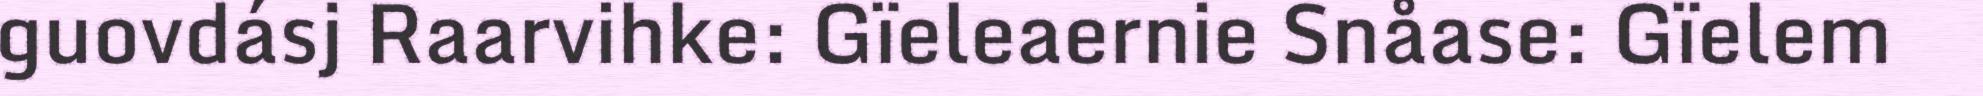
guovdásj Raarvihke: Gïeleaernie Snåase: Gïelem